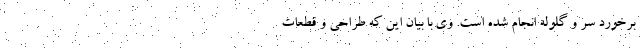
برخورد سر و گلوله انجام شده است. وی با بیان این‌ که طراحی و قطعات